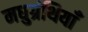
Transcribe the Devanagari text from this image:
मधुग्रंथियाँ